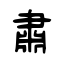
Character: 肅